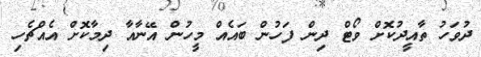
ދުވަހު ތާއީދުކޮށް ވޯޓް ދިން ފަހުން ބައެއް މީހުން އޭނާއާ ދިމާކޮށް އެއްޗެހި